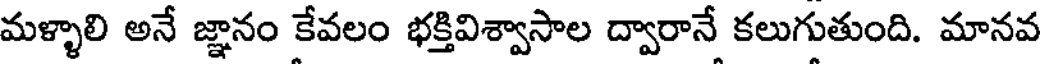
మళ్ళాలి అనే జ్ఞానం కేవలం భక్తివిశ్వాసాల ద్వారానే కలుగుతుంది. మానవ